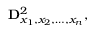
\mathbf { D } _ { x _ { 1 } , x _ { 2 } , \dots , x _ { n } } ^ { 2 } ,